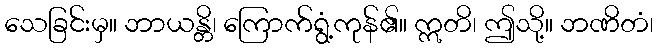
သေခြင်းမှ။ ဘာယန္တိ၊ ကြောက်ရွံ့ကုန်၏။ ဣတိ၊ ဤသို့။ ဘဏိတံ၊